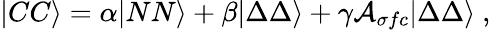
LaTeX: |CC\rangle=\alpha|NN\rangle+\beta|\Delta\Delta\rangle+\gamma{\cal A}_{\sigma fc}|\Delta\Delta\rangle\ ,